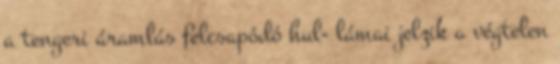
a tengeri áramlás felcsapódó hul- lámai jelzik a végtelen